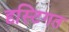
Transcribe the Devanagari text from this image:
दृस्टिगत